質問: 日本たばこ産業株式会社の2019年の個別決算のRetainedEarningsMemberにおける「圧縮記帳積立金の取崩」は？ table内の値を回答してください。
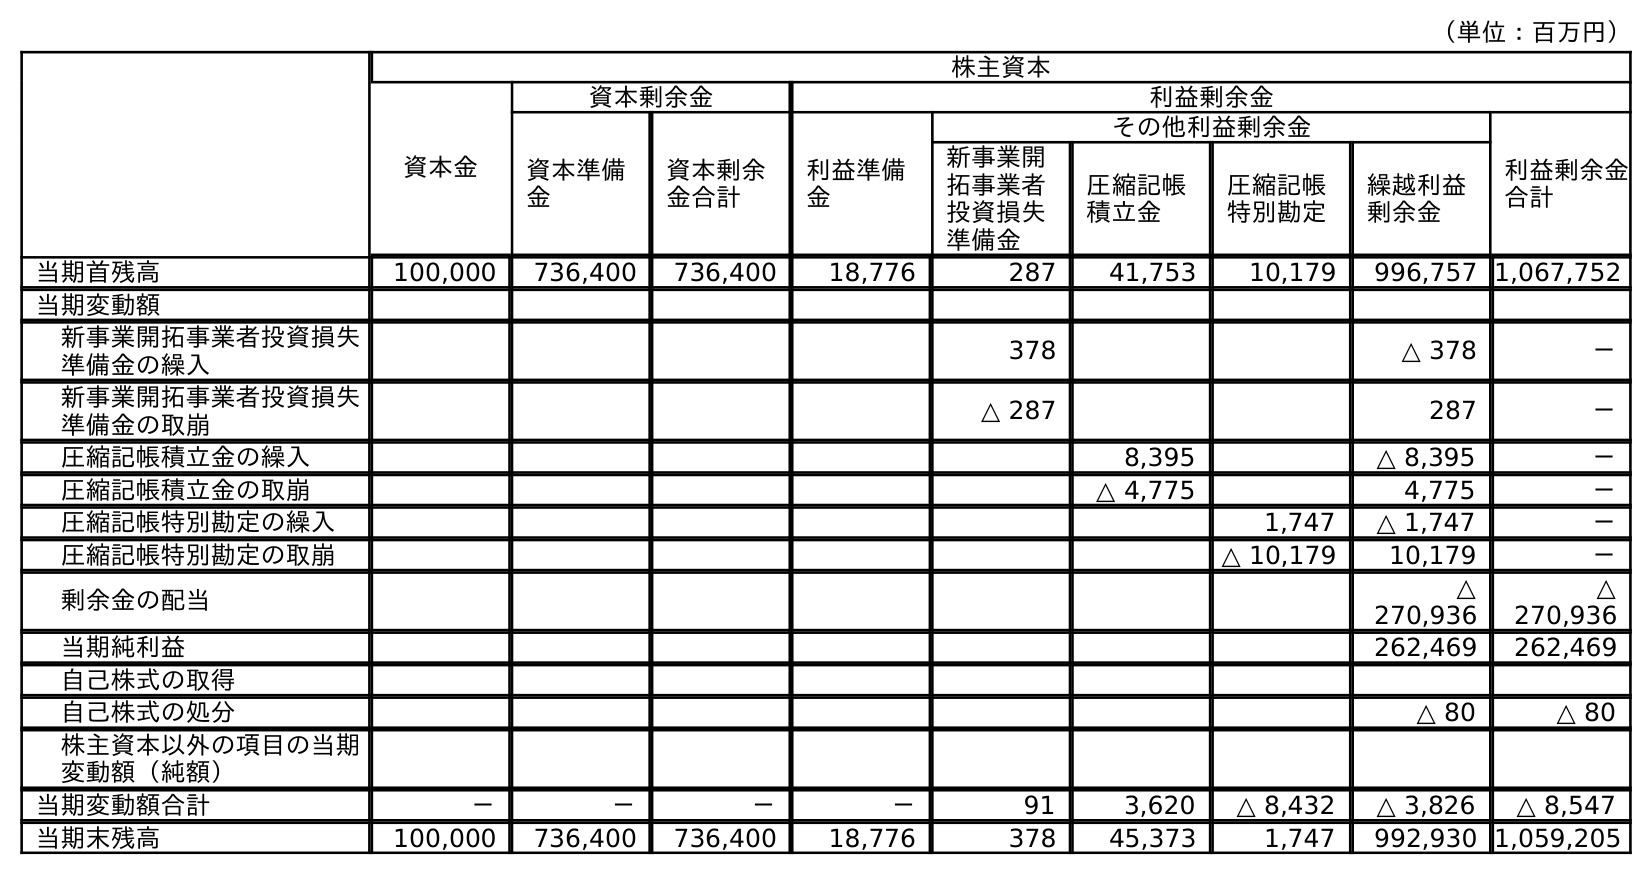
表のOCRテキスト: （単位：百万円） 株主資本 資本金 資本剰余金 利益剰余金 資本準備 金 資本剰余 金合計 利益準備 金 その他利益剰余金 利益剰余金 合計 新事業開 拓事業者 投資損失 準備金 圧縮記帳 積立金 圧縮記帳 特別勘定 繰越利益 剰余金 当期首残高 100,000 736,400 736,400 18,776 287 41,753 10,179 996,757 1,067,752 当期変動額 新事業開拓事業者投資損失 準備金の繰入 378 △ 378 － 新事業開拓事業者投資損失 準備金の取崩 △ 287 287 － 圧縮記帳積立金の繰入 8,395 △ 8,395 － 圧縮記帳積立金の取崩 △ 4,775 4,775 － 圧縮記帳特別勘定の繰入 1,747 △ 1,747 － 圧縮記帳特別勘定の取崩 △ 10,179 10,179 － 剰余金の配当 △ 270,936 △ 270,936 当期純利益 262,469 262,469 自己株式の取得 自己株式の処分 △ 80 △ 80 株主資本以外の項目の当期 変動額（純額） 当期変動額合計 － － － － 91 3,620 △ 8,432 △ 3,826 △ 8,547 当期末残高 100,000 736,400 736,400 18,776 378 45,373 1,747 992,930 1,059,205
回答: －